Annual administration report of the Civil Veterinary Department of India - 1897-1898
Year: 1897
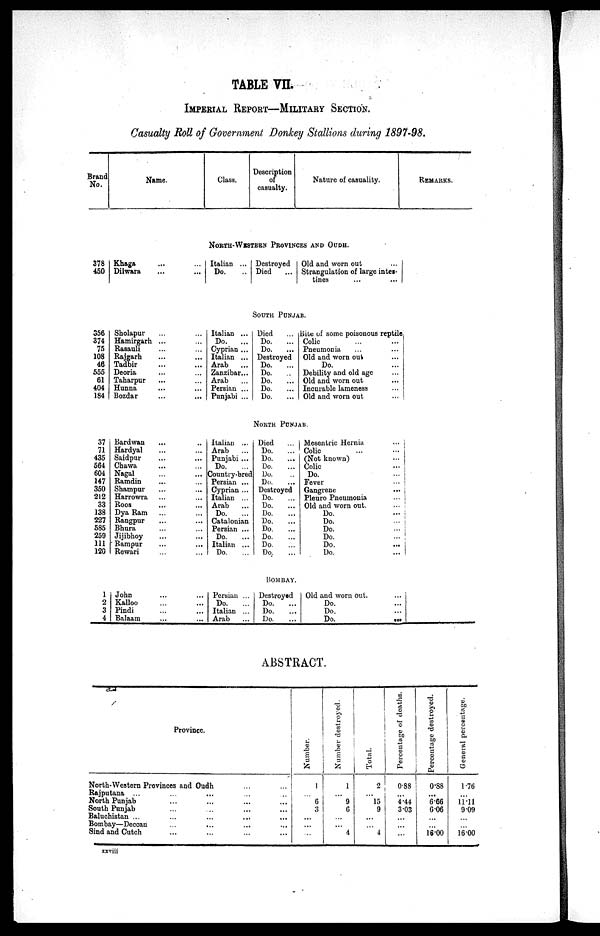
TABLE VII.
IMPERIAL REPORT—MILITARY SECTION.
Casualty Roll of Government Donkey Stallions during 1897—98.
Brand
No.
Name.
Class.
Description
of
casualty.
Nature of casuality.
REMARKS.
NORTH—WESTERN PROVINCES AND OUDH.
378
450
Khaga
Dilwara
...
...
...
...
Italian ...
Do. ...
Destroyed
Died
Old and worn out
Strangulation of large intes—
tines
SOUTH PUNJAB.
356
374
75
108
46
555
61
404
184
37
71
435
564
604
147
350
212
33
138
227
585
259
111
120
1
2
3
4
Sholapur ... ...
Hamirgarh ... ...
Rasauli ... ...
Rajgarh ... ...
Tadbir ... ...
Deoria ... ...
Taharpur ... ...
Hunna ... ...
Bozdar ... ...
Bardwan ... ...
Hardyal ... ...
Saidpur ... ...
Chawa ... ...
Nagal ... ...
Ramdin ... ...
Shampur ... ...
Harrowra ... ...
Roos ... ...
Dya Ram ... ...
Rangpur ... ...
Bhura ... ...
Jijibhoy ... ...
Rampur ... ...
Rewari ... ...
John ... ...
Kalloo ... ...
Pindi ... ...
Balaam ... ...
Italian ...
Do.
...
Cyprian ...
Italian ...
Arab ...
Zanzibar...
Arab ...
Persian ...
Punjabi ...
Italian ...
Arab ...
Punjabi ...
Do. ...
Country—bred
Persian ...
Cyprian ...
Italian ...
Arab ...
Do. ...
Catalonian
Persian ...
Do. ...
Italian ...
Do. ...
Persian ...
Do. ...
Italian ...
Arab ...
Died ...
Do. ...
Do. ...
Destroyed
Do.
...
Do. ...
Do. ...
Do. ...
Do. ...
Bite of some poisonous reptile
Colic ...
Pneumonia ... ...
Old and worn out ...
Do. ...
Debility and old age ...
Old and worn out ...
Incurable lameness ...
Old and worn out ...
NORTH PUNJAB.
Died ...
Do. ...
Do. ...
Do. ...
Do. ...
Do. ...
Destroyed
Do. ...
Do. ...
Do. ...
Do. ...
Do. ...
Do. ...
Do. ...
Do. ...
BOMBAY.
Destroyed
Do.
...
Do. ...
Do. ...
Mesentric Hernia
...
Colic
...
...
(Not known)
...
Colic
...
Do. ...
Fever
...
Gangrene
...
Pleuro Pneumonia ...
Old and worn out.
...
Do.
...
Do. ...
Do.
...
Do.
...
Do.
...
Do.
...
Old and worn out. ...
Do. ...
Do. ...
Do.
...
ABSTRACT.
Province.
North—Western Provinces and Oudh
Rajputana ... ... ...
North Punjab
South Punjab
Baluchistan ...
Bombay—Deccau ... ... ... ...
Sind and Cutch ... ... ... ...
Number.
1
...
6
3
...
...
...
Number destroyed.
1
...
9
6
...
...
4
Total.
2
...
15
9
...
...
4
Percentage of deaths.
0.88
...
4.44
3.03
...
...
...
Percentage destroyed.
0.88
...
6.66
6.06
...
...
16.00
General percentage.
1.76
...
11.11
9.09
...
...
16.00
xxviii